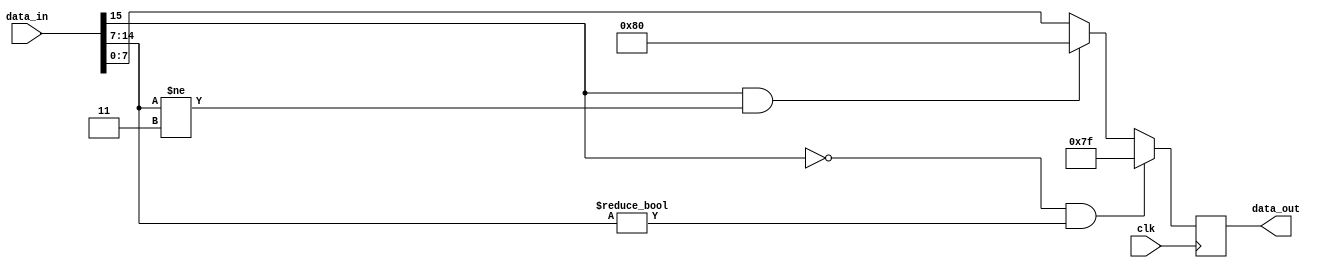
module cal_satu_INT16_INT8(
    input clk,
	input [15:0] data_in,
	output reg [7:0] data_out
   );


    wire [15:0] data_in_d;
    assign data_in_d=data_in;


always@(posedge clk) begin
    if( data_in_d[15]==1'b0&&(data_in_d[14:7]!=2'b0000_000))

         data_out<=8'b0111_1111;
        
    else if(data_in_d[15]==1'b1&&(data_in_d[14:7]!=2'b1111_111))
         data_out<=8'b1000_0000;
    else
         data_out<=data_in_d[7:0];
        

end
endmodule